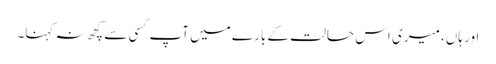
اور ہاں، میری اس حالت کے بارے میں آپ کسی سے کچھ نہ کہنا۔